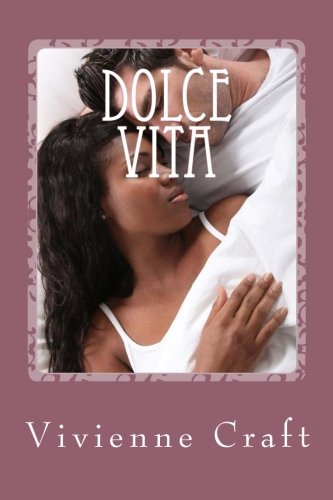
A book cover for Dolce Vita; Vivienne Craft; Romance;